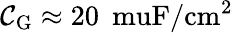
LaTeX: \mathcal{C}_{\mathrm{{G}}}\approx20\: \mathrm{{\ muF/cm^{2}}}